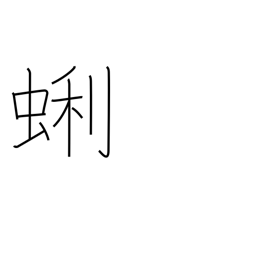
Meaning: a kind of bivalve